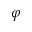
\varphi